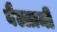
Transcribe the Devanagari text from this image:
बैल्लामी